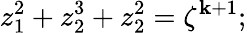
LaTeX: z_{1}^{2}+z_{2}^{3}+z_{2}^{2}=\zeta^{\mathbf{k}+1};